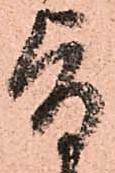
旨